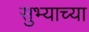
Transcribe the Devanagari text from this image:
सुभ्याच्या